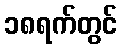
၁၈ရက်တွင်